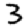
Digit: 3